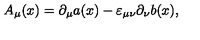
A _ { \mu } ( x ) = \partial _ { \mu } a ( x ) - \varepsilon _ { \mu \nu } \partial _ { \nu } b ( x ) ,